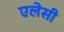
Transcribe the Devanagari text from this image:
एलेसी